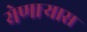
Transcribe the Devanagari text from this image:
येणाऱ्यास